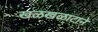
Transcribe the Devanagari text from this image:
खळखळाटाने